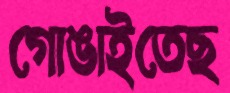
গোঙাইতেছ